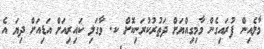
މާލެއިން ފުރައިގެން މާމިގިއްޔަށް ދަތުރުކުރަނިކޮށް ކ. ވާގަލި ކައިރިއަށް އަޑިއަށް ދިޔަ އެ